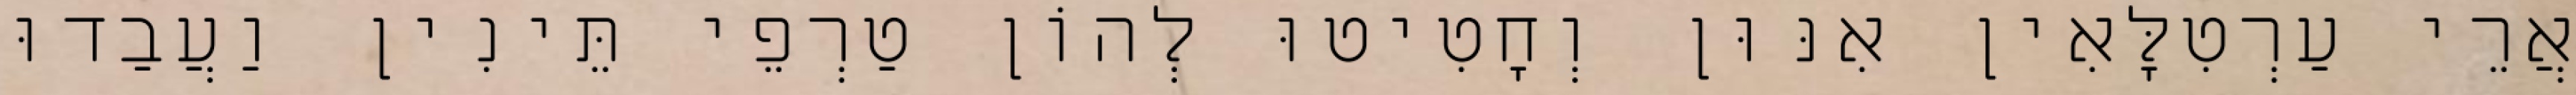
אֲרֵי עַרְטִלָּאִין אִנּוּן וְחָטִיטוּ לְהוֹן טַרְפֵי תֵּינִין וַעֲבַדוּ